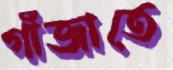
গাঁজাতে